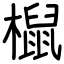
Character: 𣜌